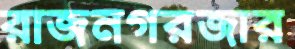
রাজনগরজার